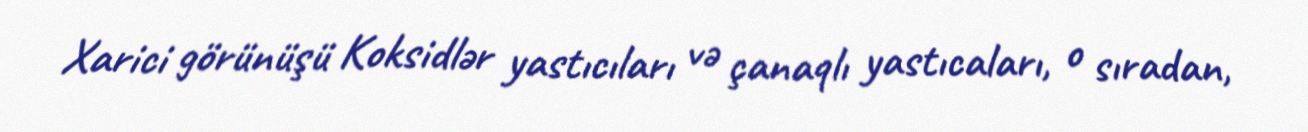
Xarici görünüşü Koksidlər yastıcıları və çanaqlı yastıcaları, o sıradan,